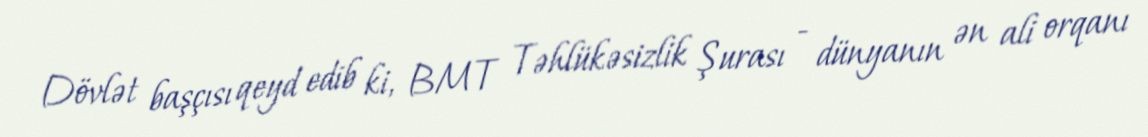
Dövlət başçısı qeyd edib ki, BMT Təhlükəsizlik Şurası - dünyanın ən ali orqanı